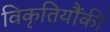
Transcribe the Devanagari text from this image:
विकृतियौंकी